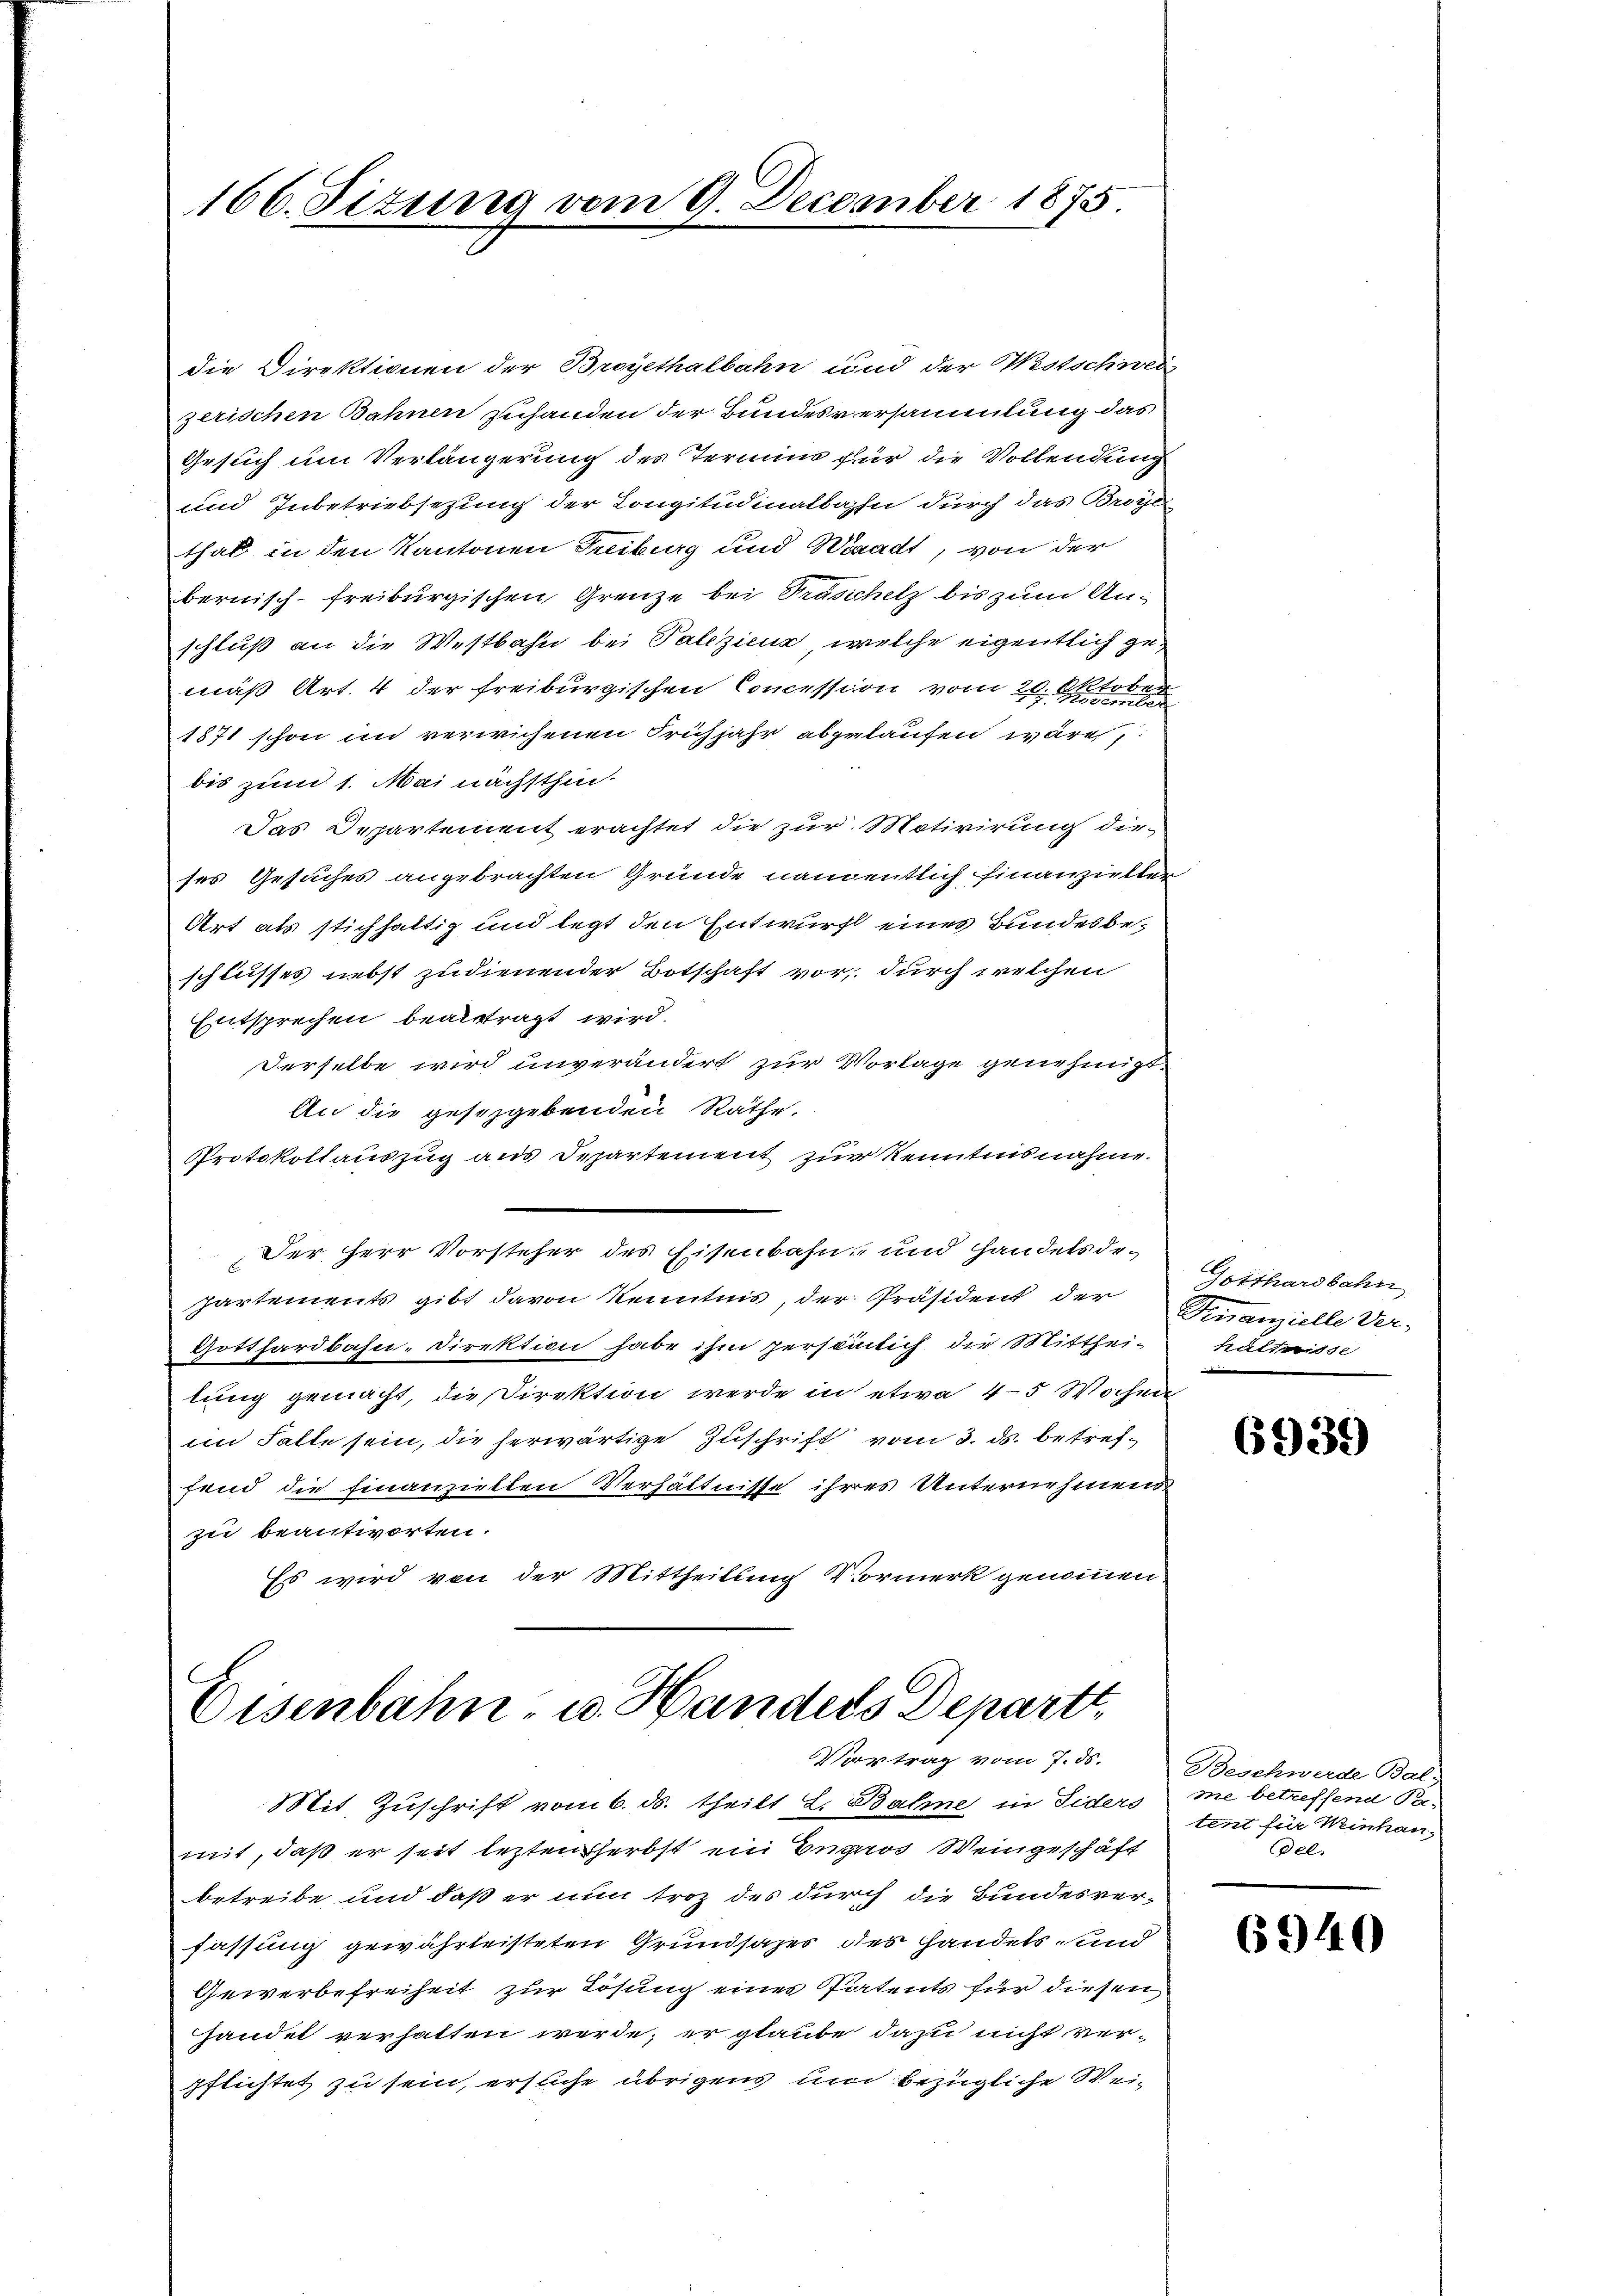
166. Situng vom 9. December 1875

die Direktionen der Broyethalbahn und der Westschweiz
zerischen Bahnen zuhanden der Bundesversammlung das
Gesuch um Verlängerung des Termins für die Vollendung
und Inbetriebsezung der Congitudinalbahn durch das Brote
that in den Kantonen Treiburg und Waadt, von der
bernisch-freiburgischen Grenze bei Traschetz bis zum Anschluß an die Westbahn bei Palezienz, welche eigentlich gemäß Art. 4 der freiburgischen Concession vom 20. Oktober
1871 schon im verwichenen Frühjahr abgelaufen wären,
bis zum 1. Mai nächsthin
Das Departement erachtet die zur Motivirung die
ses Gesuches angebrachten Gründe namentlich hinanzielten
Art als stichhaltig und legt den Entwurf eines Bundesbeschlusses nebst zudienender Botschaft vor, durch welchen
Entsprechen beauftragt wird.
Derselbe wird unverändert zur Vorlage genehmigt.
An die geschgebenden Räthe.
Protokollauszug aus Departement zur Kenntnisnahme.
Der Herr Vorsteher des Eisenbahn, und handels departements gibt davon Kenntnis, der Präsident der
Gotthardbahn-Direktion habe ihm persönlich die Mitthei-
lung gemacht, die Direktion werde in etwa 4-5 Wochen
im Falle sein, die herwärtige Zuschrift vom 3. ds. betreffend die finanziellen Verhältnisse ihres Unternehmend
zu beantworten.
Es wird von der Mittheilung Vormerk genommen

C
Eisenbahn- u. Handels Departt,
Vortrag vom 7. ds.

Mit Zuschrift vom 6. ds. theilt L. Balme in Siders me betreffend Be-
mit, daß er seit leztensherbst ein Engars Weingeschäft
betreibe und daß er nun troz des durch die Bundesver-
fassung gewährleisteten Grundsazes des Handels und
Gewerbefreiheit zur Lösung eines Patents für diesen
handel verhalten werde, er glaube dazu nicht verpflichtet zu sein, ersuche übrigens und bezügliche Wei¬

Gotthardbahn
Finanzielle Ver-
hältnisse

6939

Beschwerde Bal,
tent für Weinhau-
el.

6940